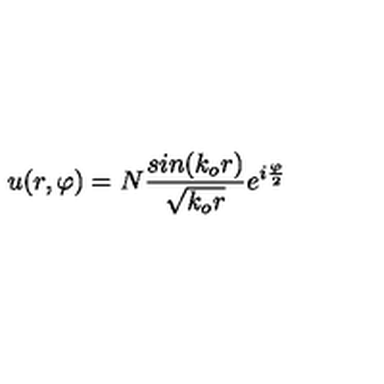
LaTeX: u ( r , \varphi ) = N \frac { s i n ( k _ { o } r ) } { \sqrt { k _ { o } r } } e ^ { i \frac { \varphi } { 2 } }